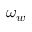
\omega _ { w }